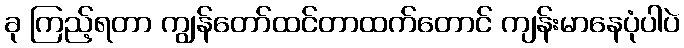
ခု ကြည့်ရတာ ကျွန်တော်ထင်တာထက်တောင် ကျန်းမာနေပုံပါပဲ